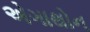
એગાથોન